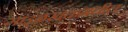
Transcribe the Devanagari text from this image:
गांडुळखतामधील